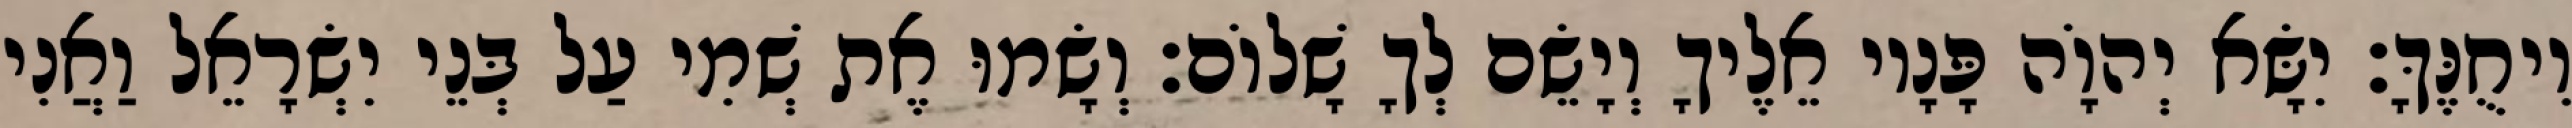
וִיחֻנֶּךָּ׃ יִשָּׂא יְהוָֹה פָּנָיו אֵלֶיךָ וְיָשֵׂם לְךָ שָׁלוֹם׃ וְשָׂמוּ אֶת שְׁמִי עַל בְּנֵי יִשְׂרָאֵל וַאֲנִי